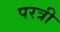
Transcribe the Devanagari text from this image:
परत्री